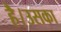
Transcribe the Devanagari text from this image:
है।उसका